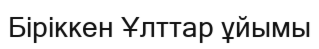
Біріккен Ұлттар ұйымы